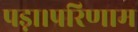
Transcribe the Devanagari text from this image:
पड़ा।परिणाम